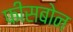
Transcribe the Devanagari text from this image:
फीसबोन